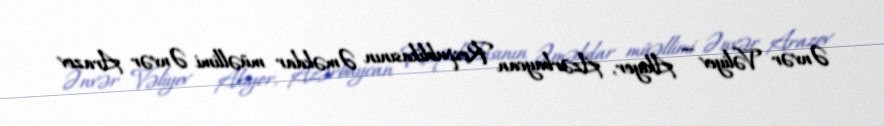
Ənvər Vəliyev — Aktyor, Azərbaycan Respublikasının Əməkdar müəllimi Ənvər Arazov